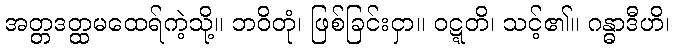
အတ္တဒတ္ထမထေရ်ကဲ့သို့။ ဘဝိတုံ၊ ဖြစ်ခြင်းငှာ။ ဝဋ္ဋတိ၊ သင့်၏။ ဂန္ဓာဒီဟိ၊